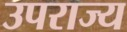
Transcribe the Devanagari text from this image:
उपराज्य